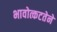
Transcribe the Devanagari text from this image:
भावोत्कटतेने